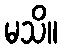
မသိ။